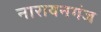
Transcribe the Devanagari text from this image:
नारायनगंज